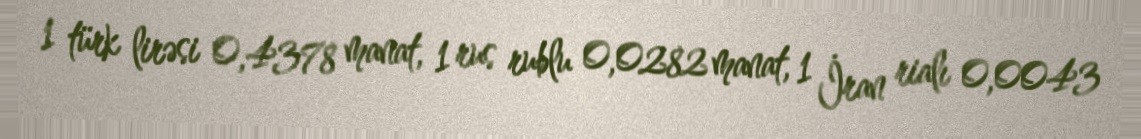
1 türk lirəsi 0,4378 manat, 1 rus rublu 0,0282 manat, 1 İran rialı 0,0043